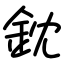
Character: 鈂